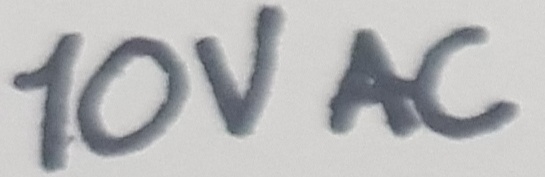
Text: 10V AC